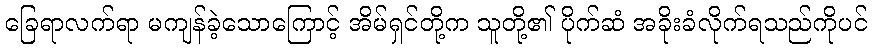
ခြေရာလက်ရာ မကျန်ခဲ့သောကြောင့် အိမ်ရှင်တို့က သူတို့၏ ပိုက်ဆံ အခိုးခံလိုက်ရသည်ကိုပင်